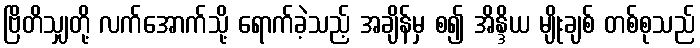
ဗြိတိသျှတို့ လက်အောက်သို့ ရောက်ခဲ့သည့် အချိန်မှ စ၍ အိန္ဒိယ မျိုးချစ် တစ်စုသည်